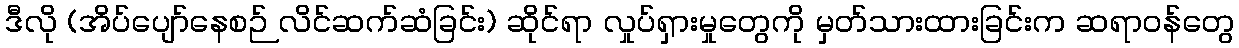
ဒီလို (အိပ်ပျော်နေစဉ် လိင်ဆက်ဆံခြင်း) ဆိုင်ရာ လှုပ်ရှားမှုတွေကို မှတ်သားထားခြင်းက ဆရာဝန်တွေ